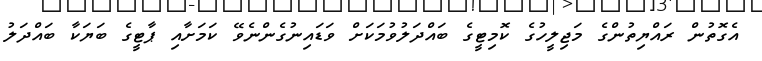
އެގޮތުން ރައްޔިތުންގެ މަޖިލީހުގެ ކޮމިޓީގެ ބައްދަލުވުމަކަށް ވަޑައިނުގެންނެވޭ ކަމަށާއި ޕާޓީގެ ބަޔަކާ ބައްދަލު